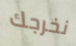
نخرجك